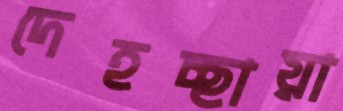
দেহচ্ছায়া